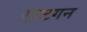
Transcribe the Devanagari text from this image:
रान्टगन